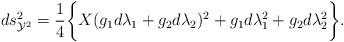
LaTeX: \begin{align*}ds^2_{{\cal Y}^2}=\frac{1}{4}\biggl\{ X(g_1 d\lambda_1 + g_2 d\lambda_2)^2+g_1d\lambda_1^2+g_2d\lambda_2^2 \biggr\}.\end{align*}